Report on vaccination in Madras 1877-1894 - 1877-1894
Year: 1877
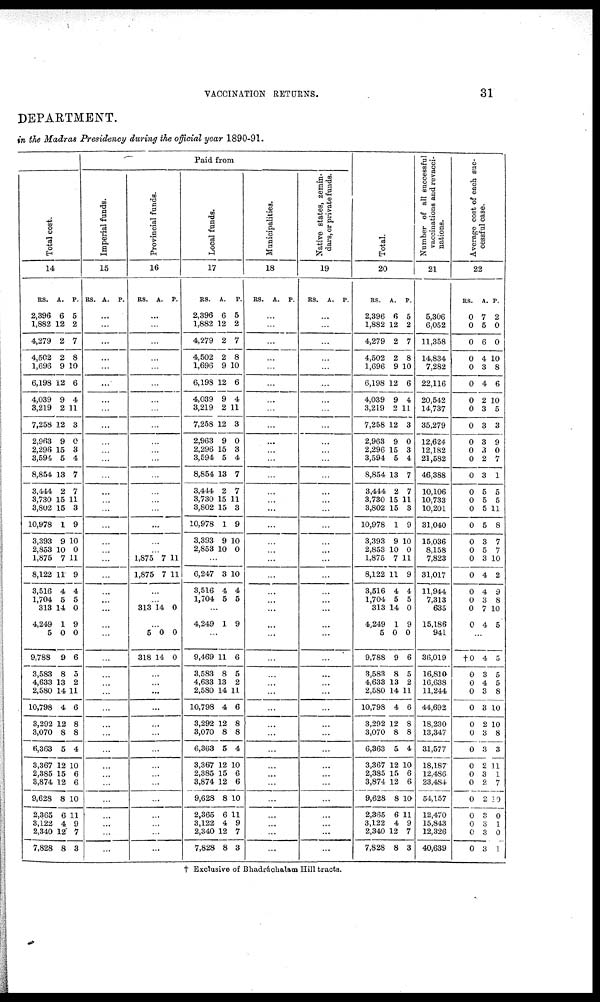
VACCINATION RETURNS.
31
DEPARTMENT.
in the Madras Presidency during the official year 1890-91.
Total cost.
14
RS.
2,396
1,882
4,279
4,502
1,696
6,198
4,039
3,219
7,258
2,963
2,296
3,594
8,854
3,444
3,730
3,802
10,978
3,393
2,853
1,875
8,122
3,516
1,704
313
4,249
5
9,788
3,583
4,633
2,580
10,798
3,292
3,070
6,363
3,367
2,385
3,874
9,628
2,365
3,122
2,340
7,828
A.
6
12
2
2
9
12
9
2
12
9
15
5
13
2
15
15
1
9
10
7
11
4
5
14
1
0
9
8
13
14
4
12
8
5
12
15
12
8
6
4
12
8
P.
5
2
7
8
10
6
4
11
3
0
3
4
7
7
11
3
9
10
0
11
9
4
5
0
9
0
6
5
2
11
6
8
8
4
10
6
6
10
11
9
7
3
Paid from
Imperial funds.
15
RS. A. P.
...
...
...
...
...
...
...
...
...
...
...
...
...
...
...
...
...
...
...
...
...
...
...
...
...
...
...
...
...
...
...
...
...
...
...
...
...
...
...
...
...
...
Provincial funds.
16
RS. A. P.
...
...
...
...
...
...
...
...
...
...
...
...
...
...
...
...
...
...
...
1,875
1,875
7
7
11
11
...
...
313 14 0
...
5
318
0
14
0
0
...
...
...
...
...
...
...
...
...
...
...
...
...
...
...
Local funds.
17
RS.
2,396
1,882
4,279
4,502
1,696
6,198
4,039
3,219
7,258
2,963
2,296
3,594
8,854
3,444
3,730
3,802
10,978
3,393
2,853
A.
6
12
2
2
9
12
9
2
12
9
15
5
13
2
15
15
1
9
10
P.
5
2
7
8
10
6
4
11
3
0
3
4
7
7
11
3
9
10
0
...
6,247
3,516
1,704
3
4
5
10
4
5
...
4,249 1 9
...
9,469
3,583
4,633
2,580
10,798
3,292
3,070
6,363
3,367
2,385
3,874
9,628
2,365
3,122
2,340
7,828
11
8
13
14
4
12
8
5
12
15
12
8
6
4
12
8
6
5
2
11
6
8
8
4
10
6
6
10
11
9
7
3
Municipalities.
18
RS. A. P.
...
...
...
...
...
...
...
...
...
...
...
...
...
...
...
...
...
...
...
...
...
...
...
...
...
...
...
...
...
...
...
...
...
...
...
...
...
...
...
...
...
...
Native states, zemin-
dars, or private funds.
19
RS. A. P.
...
...
...
...
...
...
...
...
...
...
...
...
...
...
...
...
...
...
...
...
...
...
...
...
...
...
...
...
...
...
...
...
...
...
...
...
...
...
...
...
...
...
Total.
20
RS.
2,396
1,882
4,279
4,502
1,696
6,198
4,039
3,219
7,258
2,963
2,296
3,594
8,854
3,444
3,730
3,802
10,978
3,393
2,853
1,875
8,122
3,516
1,704
313
4,249
5
9,788
3,583
4,633
2,580
10,798
3,292
3,070
6,363
3,367
2,385
3,874
9,628
2,365
3,122
2,340
7,828
A.
6
12
2
2
9
12
9
2
12
9
15
5
13
2
15
15
1
9
10
7
11
4
5
14
1
0
9
8
13
14
4
12
8
5
12
15
12
8
6
4
12
8
P.
5
2
7
8
10
6
4
11
3
0
3
4
7
7
11
3
9
10
0
11
9
4
5
0
9
0
6
5
2
11
6
8
8
4
10
6
6
10
11
9
7
3
Number of all successful
vaccinations and revacci-
nations.
21
5,306
6,052
11,358
14,834
7,282
22,116
20,542
14,737
35,279
12,624
12,182
21,582
46,388
10,106
10,733
10,201
31,040
15,036
8,158
7,823
31,017
11,944
7,313
635
15,186
941
36,019
16,810
16,638
11,244
44,692
18,230
13,347
31,577
18,187
12,486
23,484
54,157
12,470
15,843
12,326
40,639
Average cost of each suc-
cessful case.
22
RS.
0
0
0
0
0
0
0
0
0
0
0
0
0
0
0
0
0
0
0
0
0
0
0
0
0
A.
7
5
6
4
3
4
2
3
3
3
3
2
3
5
5
5
5
3
5
3
4
4
3
7
4
P.
2
0
0
10
8
6
10
5
3
9
0
7
1
5
5
11
8
7
7
10
2
9
8
10
5
...
†0
0
0
0
0
0
0
0
0
0
0
0
0
0
0
0
4
3
4
3
3
2
3
3
2
3
2
2
3
3
3
3
5
5
5
8
10
10
8
3
11
1
7
10
0
1
0
1
† Exclusive of Bhadráchalam Hill tracts.